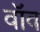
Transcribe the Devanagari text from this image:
वॉव